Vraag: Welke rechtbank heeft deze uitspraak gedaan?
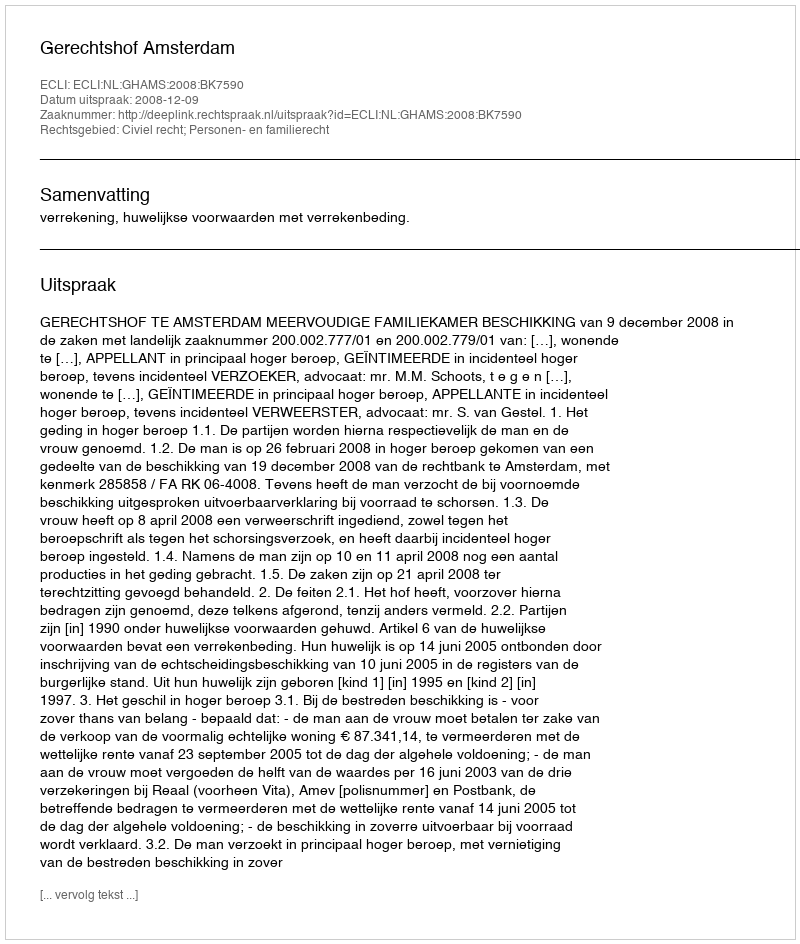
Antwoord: Gerechtshof Amsterdam